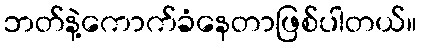
ဘတ်နဲ့ကောက်ခံနေတာဖြစ်ပါတယ်။